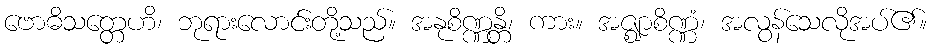
ဗောဓိသတ္တေဟိ၊ ဘုရားလောင်းတို့သည်။ အနုစိဏ္ဏန္တိ၊ ကား။ အဇ္ဈာစိဏ္ဏံ၊ အလွန်သေလိုအပ်၏။